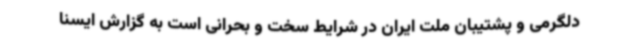
دلگرمی و پشتیبان ملت ایران در شرایط سخت و بحرانی است به گزارش ایسنا